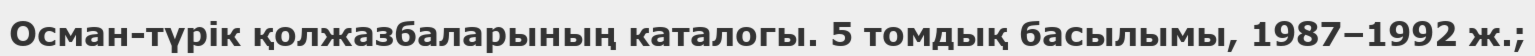
Осман-түрік қолжазбаларының каталогы. 5 томдық басылымы, 1987–1992 ж.;